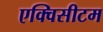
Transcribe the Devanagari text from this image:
एक्विसीटम